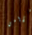
غرامي